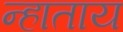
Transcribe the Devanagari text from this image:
न्हाताय